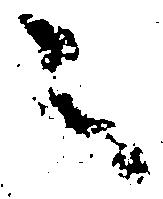
之